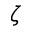
\zeta